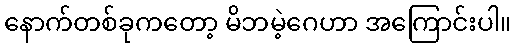
နောက်တစ်ခုကတော့ မိဘမဲ့ဂေဟာ အကြောင်းပါ။